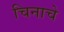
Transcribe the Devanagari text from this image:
चिनाचे